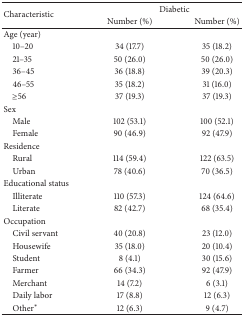
<table><thead><tr><td rowspan="2"><b>Characteristic</b></td><td colspan="2"><b>Diabetic</b></td></tr><tr><td><b>Number (%)</b></td><td><b>Number (%)</b></td></tr></thead><tbody><tr><td>Age (year)</td><td> </td><td> </td></tr><tr><td> 10–20</td><td>34 (17.7)</td><td>35 (18.2)</td></tr><tr><td> 21–35</td><td>50 (26.0)</td><td>50 (26.0)</td></tr><tr><td> 36–45</td><td>36 (18.8)</td><td>39 (20.3)</td></tr><tr><td> 46–55</td><td>35 (18.2)</td><td>31 (16.0)</td></tr><tr><td> ≥56</td><td>37 (19.3)</td><td>37 (19.3)</td></tr><tr><td>Sex</td><td> </td><td> </td></tr><tr><td> Male</td><td>102 (53.1)</td><td>100 (52.1)</td></tr><tr><td> Female</td><td>90 (46.9)</td><td>92 (47.9)</td></tr><tr><td>Residence</td><td> </td><td> </td></tr><tr><td> Rural</td><td>114 (59.4)</td><td>122 (63.5)</td></tr><tr><td> Urban</td><td> 78 (40.6)</td><td>70 (36.5)</td></tr><tr><td>Educational status</td><td> </td><td> </td></tr><tr><td> Illiterate</td><td>110 (57.3)</td><td>124 (64.6)</td></tr><tr><td> Literate</td><td>82 (42.7)</td><td>68 (35.4)</td></tr><tr><td>Occupation</td><td> </td><td> </td></tr><tr><td> Civil servant</td><td>40 (20.8)</td><td>23 (12.0)</td></tr><tr><td> Housewife</td><td>35 (18.0)</td><td>20 (10.4)</td></tr><tr><td> Student</td><td>8 (4.1)</td><td>30 (15.6)</td></tr><tr><td> Farmer</td><td>66 (34.3)</td><td>92 (47.9)</td></tr><tr><td> Merchant</td><td>14 (7.2)</td><td>6 (3.1)</td></tr><tr><td> Daily labor</td><td>17 (8.8)</td><td>12 (6.3)</td></tr><tr><td> Other<sup><i>∗</i></sup></td><td>12 (6.3)</td><td>9 (4.7)</td></tr></tbody></table>